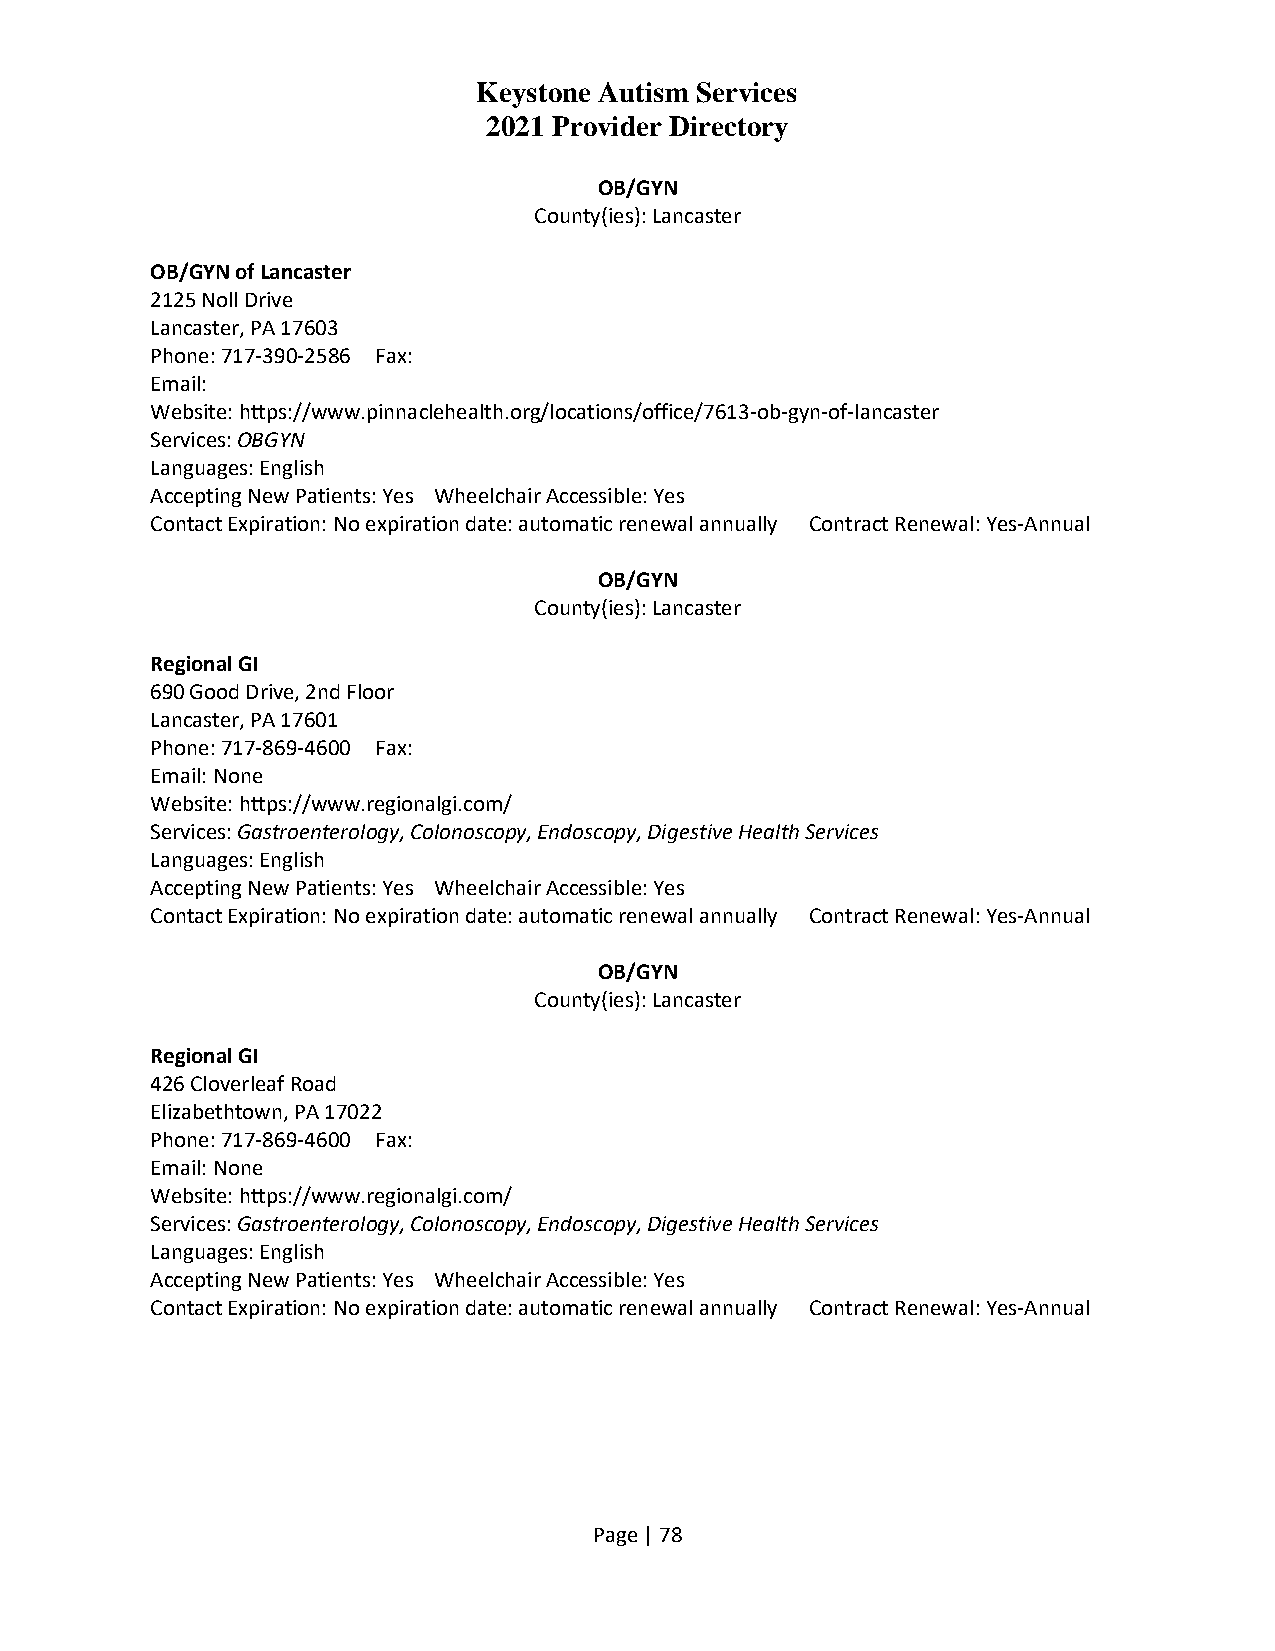
Keystone Autism Services
 2021 Provider Directory
 OB/GYN
 County(ies): Lancaster
 OB/GYN of Lancaster
 2125 Noll Drive
 Lancaster, PA 17603
 Phone: 717-390-2586 Fax:
 Email:
 Website: https://www.pinnaclehealth.org/locations/office/7613-ob-gyn-of-lancaster
 Services: OBGYN
 Languages: English
 Accepting New Patients: Yes Wheelchair Accessible: Yes
 Contact Expiration: No expiration date: automatic renewal annually Contract Renewal: Yes-Annual
 OB/GYN
 County(ies): Lancaster
 Regional GI
 690 Good Drive, 2nd Floor
 Lancaster, PA 17601
 Phone: 717-869-4600 Fax:
 Email: None
 Website: https://www.regionalgi.com/
 Services: Gastroenterology, Colonoscopy, Endoscopy, Digestive Health Services
 Languages: English
 Accepting New Patients: Yes Wheelchair Accessible: Yes
 Contact Expiration: No expiration date: automatic renewal annually Contract Renewal: Yes-Annual
 OB/GYN
 County(ies): Lancaster
 Regional GI
 426 Cloverleaf Road
 Elizabethtown, PA 17022
 Phone: 717-869-4600 Fax:
 Email: None
 Website: https://www.regionalgi.com/
 Services: Gastroenterology, Colonoscopy, Endoscopy, Digestive Health Services
 Languages: English
 Accepting New Patients: Yes Wheelchair Accessible: Yes
 Contact Expiration: No expiration date: automatic renewal annually Contract Renewal: Yes-Annual
 Page | 78